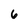
Character: 6